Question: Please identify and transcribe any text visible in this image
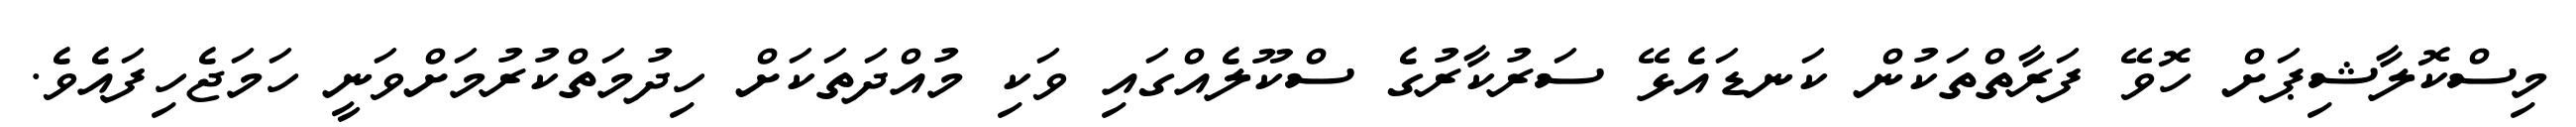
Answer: މިސްކޮލާޝިޕަށް ހޮވޭ ފަރާތްތަކުން ކަނޑައެޅޭ ސަރުކާރުގެ ސްކޫލެއްގައި ވަކި މުއްދަތަކަށް ހިދުމަތްކުރުމަށްވަނީ ހަމަޖެހިފައެވެ.